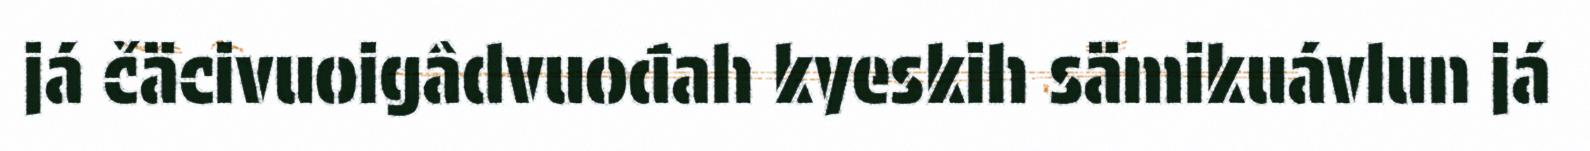
já čäcivuoigâdvuođah kyeskih sämikuávlun já